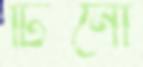
টিনো